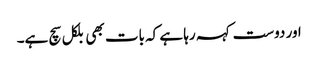
اور دوست کہہ رہا ہے کہ بات بھی بلکل سچ ہے۔